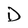
Character: D